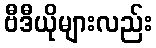
ဗီဒီယိုများလည်း